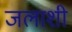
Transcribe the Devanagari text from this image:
जलाशी